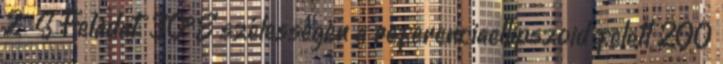
2Φ S Feladat: 30°É szélességen a referenciaellipszoid felett 200